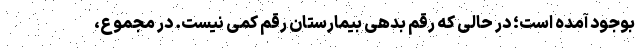
بوجود آمده است؛ در حالی که رقم بدهی بیمارستان رقم کمی نیست. در مجموع،